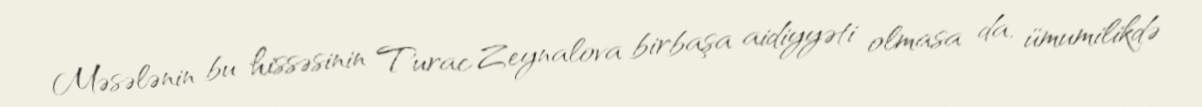
Məsələnin bu hissəsinin Turac Zeynalova birbaşa aidiyyəti olmasa da, ümumilikdə